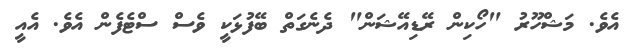
އެވެ. މަޝްހޫރު "ހޯކިން ރޭޑިއޭޝަން" ދެނެގަތް ބޭފުޅަކީ ވެސް ސްޓެފެން އެވެ. އެއީ